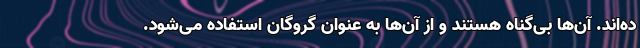
ده‌اند. آن‌ها بی‌گناه هستند و از آن‌ها به عنوان گروگان استفاده می‌شود.